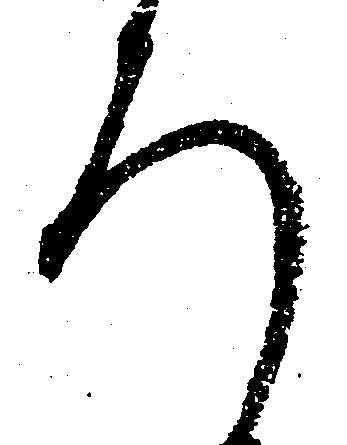
ろ